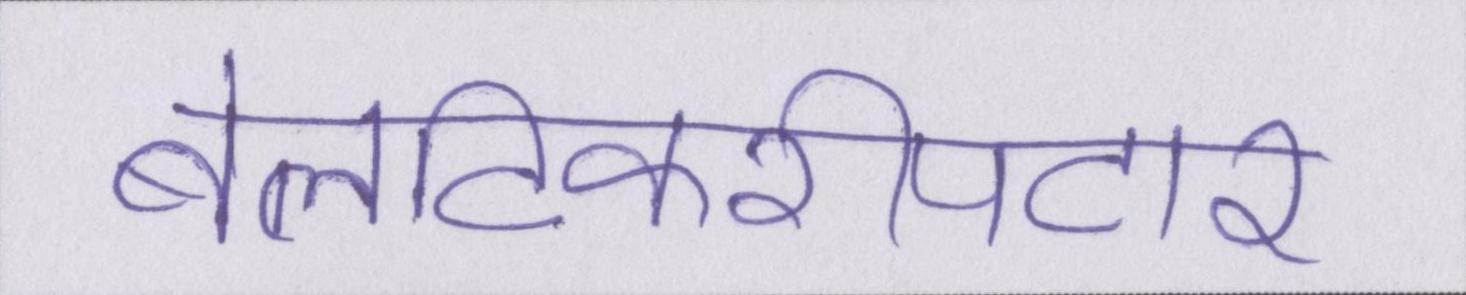
बेलटिकरीपटार